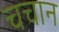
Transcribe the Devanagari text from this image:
चचान